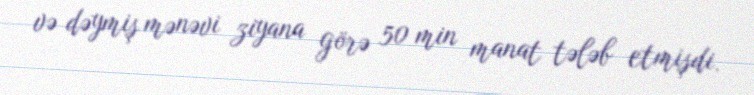
və dəymiş mənəvi ziyana görə 50 min manat tələb etmişdi.